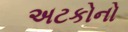
અટકોનો